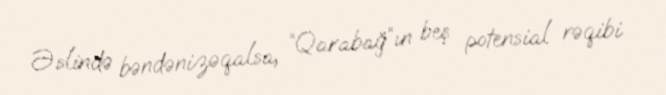
Əslində bəndənizəqalsa, “Qarabağ”ın beş potensial rəqibi